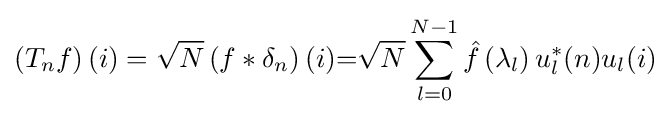
\left(T_{n}f\right)(i)={\sqrt {N}}\left(f*\delta _{n}\right)(i){=}{\sqrt {N}}\sum _{l=0}^{N-1}{\hat {f}}\left(\lambda _{l}\right)u_{l}^{*}(n)u_{l}(i)